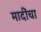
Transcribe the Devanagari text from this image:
मादींचा